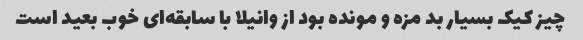
چیز کیک بسیار بد مزه و مونده بود از وانیلا با سابقه‌ای خوب بعید است